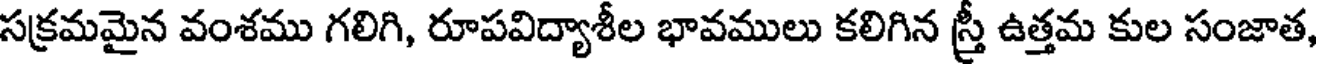
సక్రమమైన వంశము గలిగి, రూపవిద్యాశీల భావములు కలిగిన స్త్రీ ఉత్తమ కుల సంజాత,